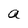
Character: a